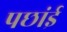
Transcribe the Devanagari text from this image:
पछांई